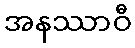
အနဿာဝီ